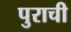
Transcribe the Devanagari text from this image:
पुराची